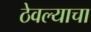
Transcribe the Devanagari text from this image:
ठेवल्याचा